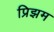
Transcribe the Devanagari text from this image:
प्रिझम